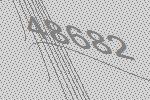
48682